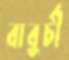
বাবুর্চী